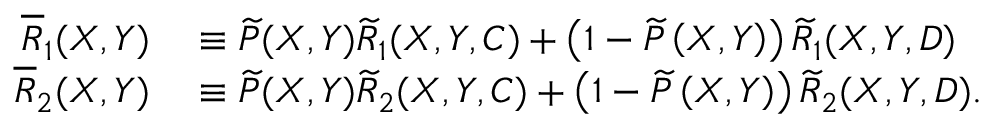
\begin{array} { r l } { \overline { { R } } _ { 1 } ( X , Y ) } & { { } \equiv \widetilde { P } ( X , Y ) \widetilde { R } _ { 1 } ( X , Y , C ) + \left( 1 - \widetilde { P } \left( X , Y \right) \right) \widetilde { R } _ { 1 } ( X , Y , D ) } \\ { \overline { { R } } _ { 2 } ( X , Y ) } & { { } \equiv \widetilde { P } ( X , Y ) \widetilde { R } _ { 2 } ( X , Y , C ) + \left( 1 - \widetilde { P } \left( X , Y \right) \right) \widetilde { R } _ { 2 } ( X , Y , D ) . } \end{array}